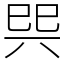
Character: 巺